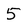
Character: 5